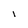
Character: I